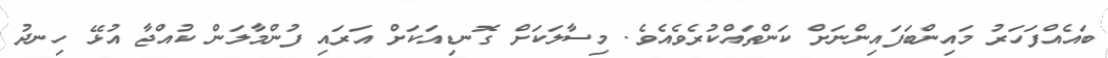
ބައެއްފަހަރު މައިންބަފައިންނަށް ކަންތައްކުރެވެއެވެ. މިސާލަކަށް ގޮނޑިއަކަށް އަރައި ފުންމާލަން ކުއްޖާ އުޅޭ ހިނދު